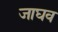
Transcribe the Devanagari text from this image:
जाघव